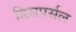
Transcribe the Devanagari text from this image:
डिसपर्सल